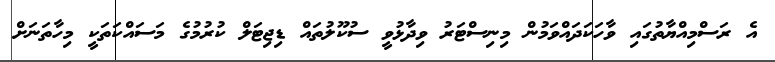
އެ ރަސްމިއްޔާތުގައި ވާހަކަދައްވަމުން މިނިސްޓަރު ވިދާޅުވީ ސުކޫލުތައް ޑިޖިޓަލް ކުރުމުގެ މަސައްކަތަކީ މިހާތަނަށް